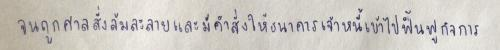
จนถูกศาลสั่งล้มละลายและมีคำสั่งให้ธนาคารเจ้าหนี้เข้าไปฟื้นฟูกิจการ